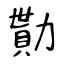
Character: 勩